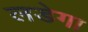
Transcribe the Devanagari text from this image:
लडेगा